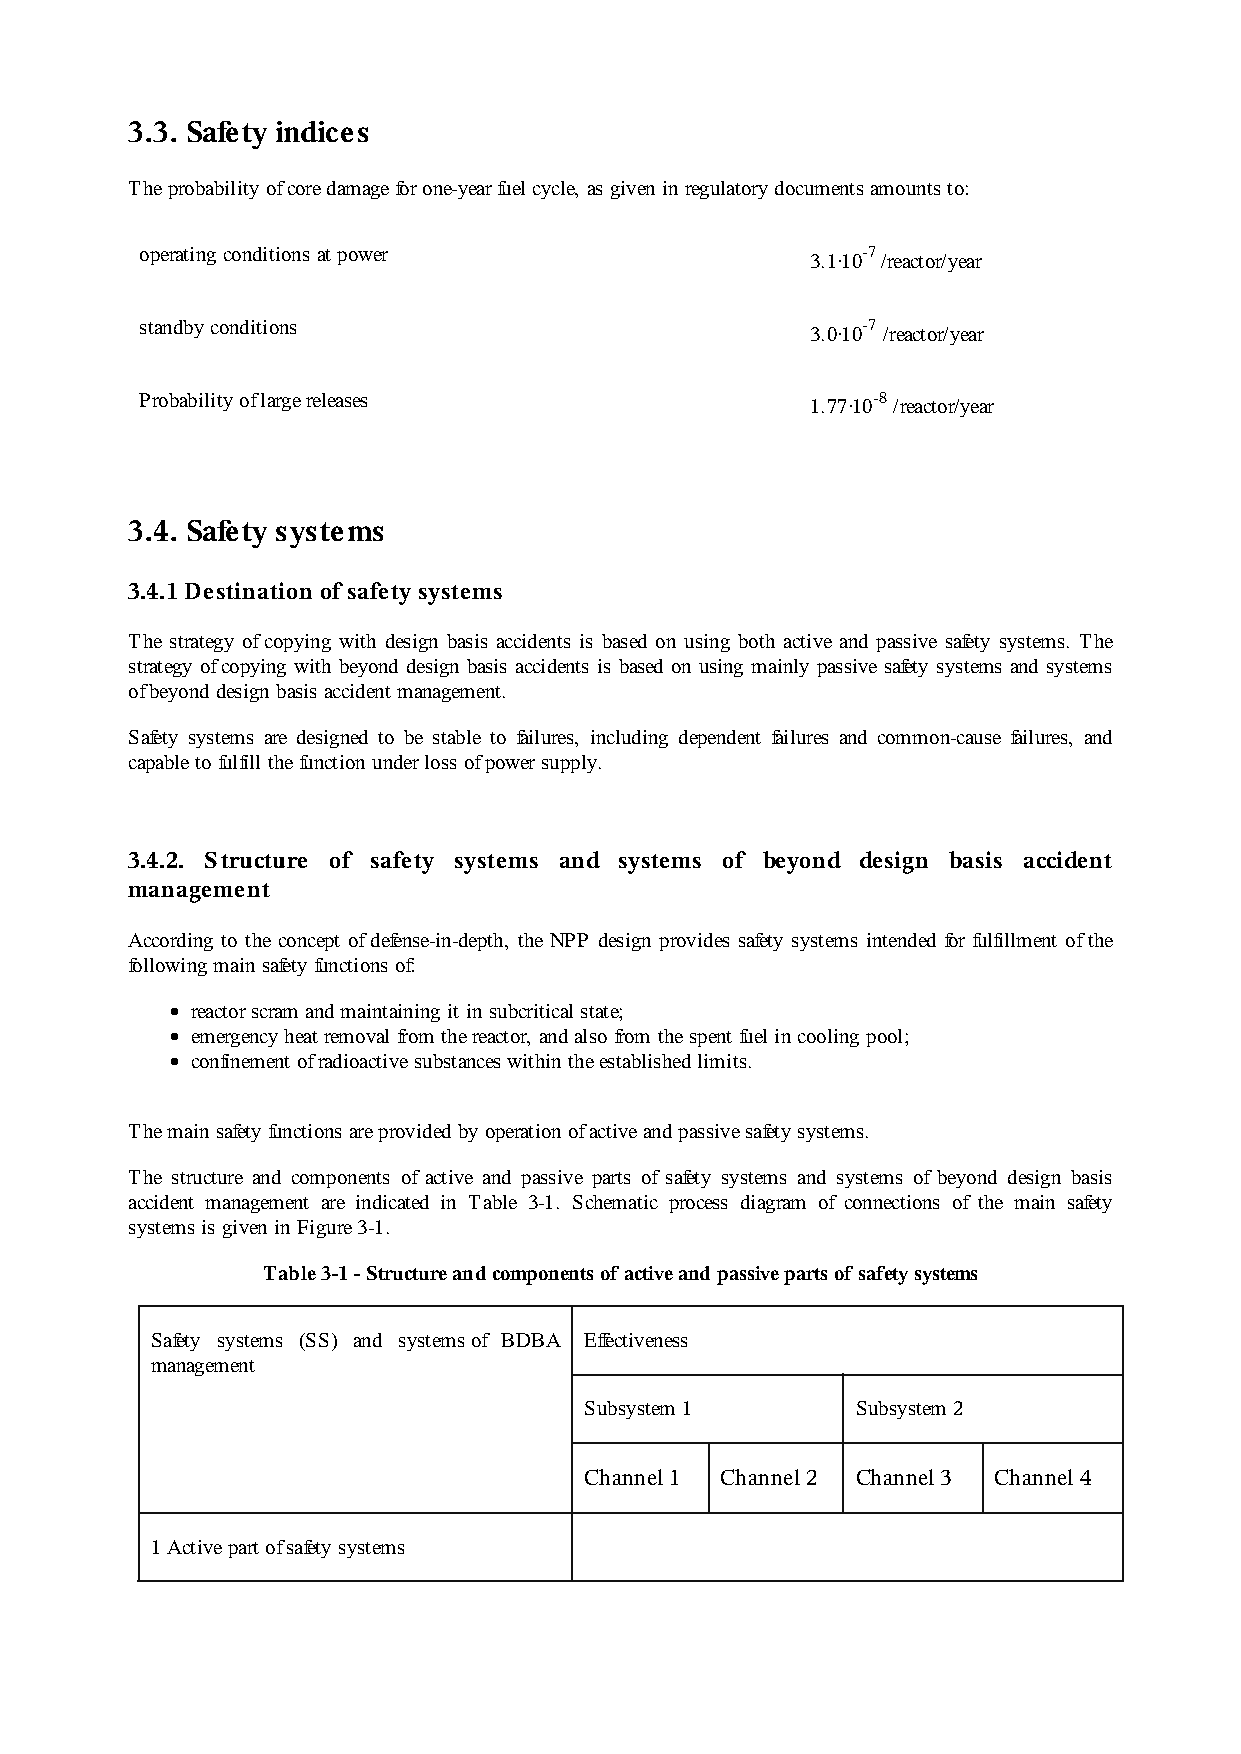
3.3. Safety indices
 The probability of core damage for one-year fuel cycle, as given in regulatory documents amounts to:
 operating conditions at power                3.1·10-7 /reactor/year
 standby conditions                           3.0·10-7 /reactor/year
 Probability of large releases                1.77·10-8 /reactor/year
 3.4. Safety systems
 3.4.1 Destination of safety systems
 The strategy of copying with design basis accidents is based on using both active and passive safety systems. The
 strategy of copying with beyond design basis accidents is based on using mainly passive safety systems and systems
 of beyond design basis accident management.
 Safety systems are designed to be stable to failures, including dependent failures and common-cause failures, and
 capable to fulfill the function under loss of power supply.
 3.4.2. Structure of safety systems and systems of beyond design basis accident
 management
 According to the concept of defense-in-depth, the NPP design provides safety systems intended for fulfillment of the
 following main safety functions of:
 reactor scram and maintaining it in subcritical state;
 emergency heat removal from the reactor, and also from the spent fuel in cooling pool;
 confinement of radioactive substances within the established limits.
 The main safety functions are provided by operation of active and passive safety systems.
 The structure and components of active and passive parts of safety systems and systems of beyond design basis
 accident management are indicated in Table 3-1. Schematic process diagram of connections of the main safety
 systems is given in Figure 3-1.
 Table 3-1 - Structure and components of active and passive parts of safety systems
 Safety systems (SS) and systems of BDBA Effectiveness
 management
 Subsystem 1       Subsystem 2
 Channel 1 Channel 2 Channel 3 Channel 4
 1 Active part of safety systems